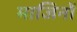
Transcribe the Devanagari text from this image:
माजिनों